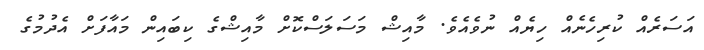
އަސަރެއް ކުރިހެނެއް ހިޔެއް ނުވެއެވެ. މާއިޝް މަސަލަސްކޮށް މާއިޝްގެ ކިބައިން މައާފަށް އެދުމުގެ